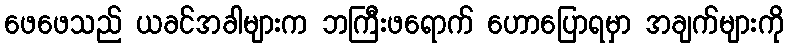
ဖေဖေသည် ယခင်အခါများက ဘကြီးဖရောက် ဟောပြောရမှာ အချက်များကို